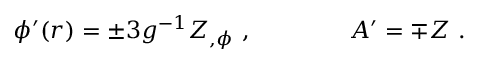
\phi ^ { \prime } ( r ) = \pm 3 g ^ { - 1 } Z _ { , \phi } \ , \qquad \qquad A ^ { \prime } = \mp Z \ .